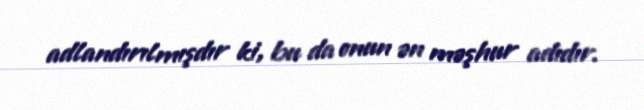
adlandırılmışdır ki, bu da onun ən məşhur adıdır.